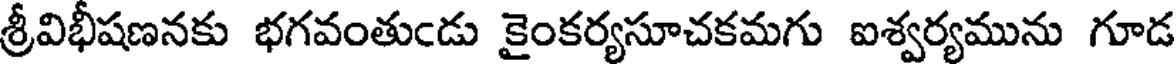
శ్రీవిభీషణనకు భగవంతుఁడు కైంకర్యసూచకమగు ఐశ్వర్యమును గూడ